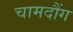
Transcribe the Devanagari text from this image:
चामदौंग